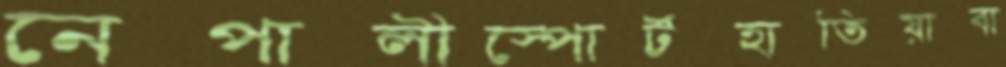
নেপালীস্পোর্টহাতিয়াবা